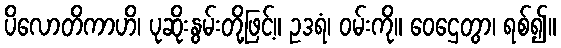
ပိလောတိကာဟိ၊ ပုဆိုးနွမ်းတို့ဖြင့်။ ဥဒရံ၊ ဝမ်းကို။ ဝေဌေတွာ၊ ရစ်၍။